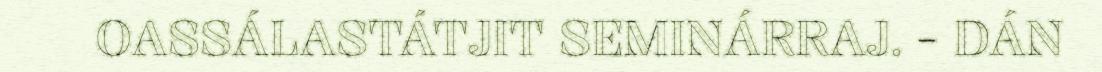
OASSÁLASTÁTJIT SEMINÁRRAJ. - DÁN